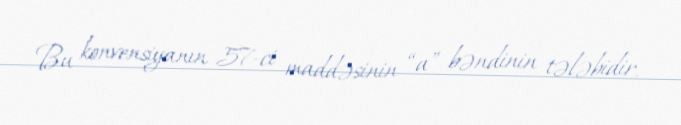
Bu konvensiyanın 57-ci maddəsinin “a” bəndinin tələbidir.